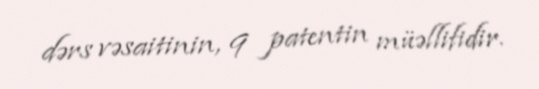
dərs vəsaitinin, 9 patentin müəllifidir.